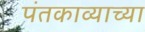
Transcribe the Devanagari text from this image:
पंतकाव्याच्या